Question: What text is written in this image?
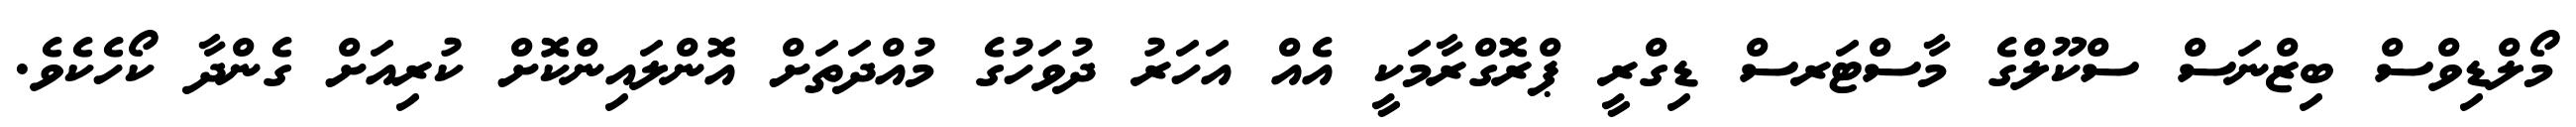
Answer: މޯލްޑިވްސް ބިޒްނަސް ސްކޫލްގެ މާސްޓަރސް ޑިގްރީ ޕްރޮގްރާމަކީ އެއް އަހަރު ދުވަހުގެ މުއްދަތަށް އޮންލައިންކޮށް ކުރިއަށް ގެންދާ ކޯހެކެވެ.